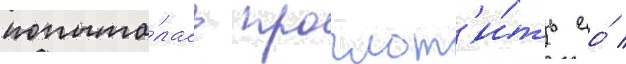
попыта́лась проглот'и́ть ео́ /